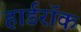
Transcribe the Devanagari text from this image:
हार्डरॉक